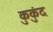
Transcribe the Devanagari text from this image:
कुकुंद